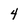
Character: 4